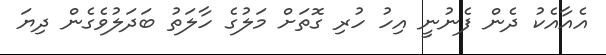
އެއާއެކު ދެން ފެނުނީ އިހު ހުރި ގޮތަށް މަލުގެ ހާލަތު ބަދަލުވެގެން ދިޔަ